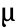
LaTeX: \mathrm{\textmu}